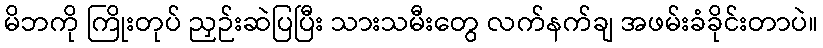
မိဘကို ကြိုးတုပ် ညှဉ်းဆဲပြပြီး သားသမီးတွေ လက်နက်ချ အဖမ်းခံခိုင်းတာပဲ။